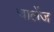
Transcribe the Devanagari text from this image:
चालेंज